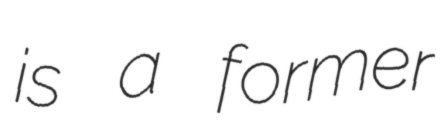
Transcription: is a former